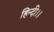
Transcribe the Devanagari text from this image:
हिन्दी।।